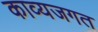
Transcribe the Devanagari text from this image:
काव्यजगत